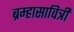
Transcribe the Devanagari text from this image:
ब्रम्हासावित्री